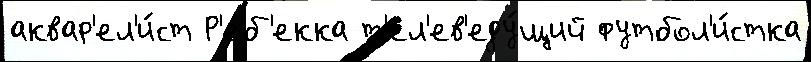
аквар'ел'и́ст Р'еб'екка т'ел'ев'еду́щий футбол'и́стка